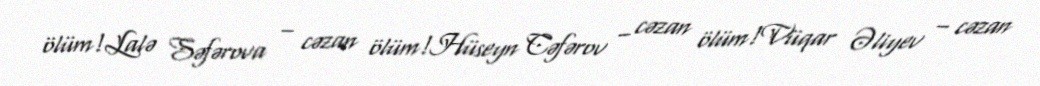
ölüm!Lalə Səfərova – cəzan ölüm!Hüseyn Cəfərov – cəzan ölüm!Vüqar Əliyev – cəzan